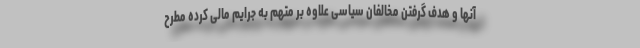
آنها و هدف گرفتن مخالفان سیاسی علاوه بر متهم به جرایم مالی کرده مطرح